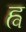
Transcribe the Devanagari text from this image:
ह्व